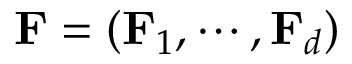
\mathbf { F } = ( \mathbf { F } _ { 1 } , \cdots , \mathbf { F } _ { d } )